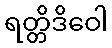
ရတ္တိဒိဝေါ